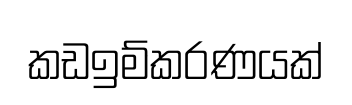
කඩඉම්කරණයක්